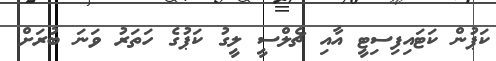
ކަޕުން ކަޓައިފިސިޓީ އާއި ޗެލްސީ ލީގު ކަޕުގެ ހަތަރު ވަނަ ބުރަށް